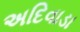
અદિવાડા